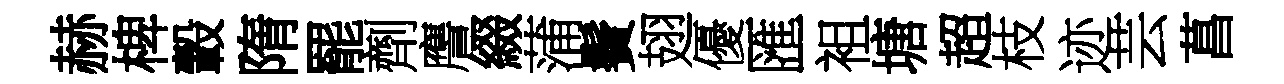
赫椑轂隋罷劑譍綴蒲鬢翅優匯袓塘超枝迹芸菖